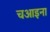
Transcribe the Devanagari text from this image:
चआइना